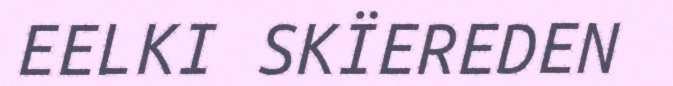
EELKI SKÏEREDEN